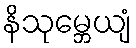
နိသုမ္ဘေယျံ